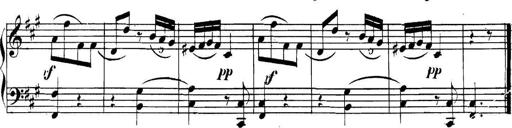
Title: Collected Piano Sonatas
Composer: Muzio Clementi